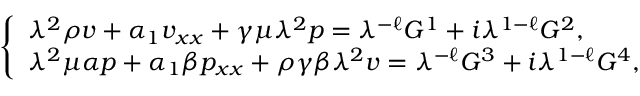
\left\{ \begin{array} { l } { { \lambda } ^ { 2 } \rho v + \alpha _ { 1 } v _ { x x } + \gamma \mu { \lambda } ^ { 2 } p = { \lambda } ^ { - \ell } G ^ { 1 } + i { \lambda } ^ { 1 - \ell } G ^ { 2 } , } \\ { { \lambda } ^ { 2 } \mu \alpha p + \alpha _ { 1 } \beta p _ { x x } + \rho \gamma \beta { \lambda } ^ { 2 } v = { \lambda } ^ { - \ell } G ^ { 3 } + i { \lambda } ^ { 1 - \ell } G ^ { 4 } , } \end{array} \right.